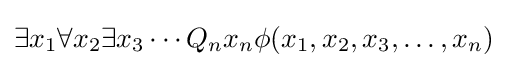
\displaystyle \exists x_{1}\forall x_{2}\exists x_{3}\cdots Q_{n}x_{n}\phi (x_{1},x_{2},x_{3},\dots ,x_{n})